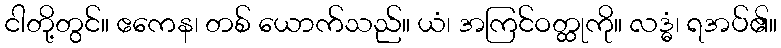
ငါတို့တွင်။ ဧကေန၊ တစ် ယောက်သည်။ ယံ၊ အကြင်ဝတ္ထုကို။ လဒ္ဓံ၊ ရအပ်၏။